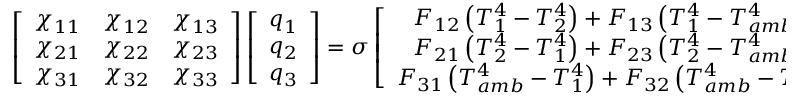
\left[ \begin{array} { c c c } { \chi _ { 1 1 } } & { \chi _ { 1 2 } } & { \chi _ { 1 3 } } \\ { \chi _ { 2 1 } } & { \chi _ { 2 2 } } & { \chi _ { 2 3 } } \\ { \chi _ { 3 1 } } & { \chi _ { 3 2 } } & { \chi _ { 3 3 } } \end{array} \right] \left[ \begin{array} { c } { q _ { 1 } } \\ { q _ { 2 } } \\ { q _ { 3 } } \end{array} \right] = \sigma \left[ \begin{array} { c } { F _ { 1 2 } \left( T _ { 1 } ^ { 4 } - T _ { 2 } ^ { 4 } \right) + F _ { 1 3 } \left( T _ { 1 } ^ { 4 } - T _ { a m b } ^ { 4 } \right) } \\ { F _ { 2 1 } \left( T _ { 2 } ^ { 4 } - T _ { 1 } ^ { 4 } \right) + F _ { 2 3 } \left( T _ { 2 } ^ { 4 } - T _ { a m b } ^ { 4 } \right) } \\ { F _ { 3 1 } \left( T _ { a m b } ^ { 4 } - T _ { 1 } ^ { 4 } \right) + F _ { 3 2 } \left( T _ { a m b } ^ { 4 } - T _ { 2 } ^ { 4 } \right) } \end{array} \right] { , }